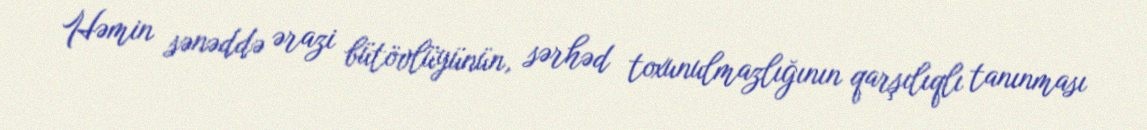
Həmin sənəddə ərazi bütövlüyünün, sərhəd toxunulmazlığının qarşılıqlı tanınması